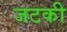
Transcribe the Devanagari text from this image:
जटकी